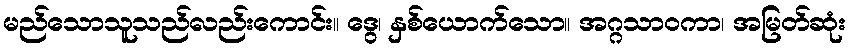
မည်သောသူသည်လည်းကောင်း။ ဒွေ၊ နှစ်ယောက်သော။ အဂ္ဂသာဝကာ၊ အမြတ်ဆုံး